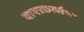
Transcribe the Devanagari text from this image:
वापरकर्त्याच्या